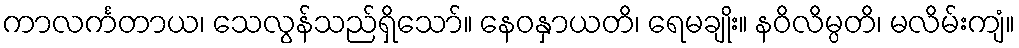
ကာလင်္ကတာယ၊ သေလွန်သည်ရှိသော်။ နေဝနှာယတိ၊ ရေမချိုး။ နဝိလိမ္ပတိ၊ မလိမ်းကျံ။